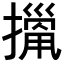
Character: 𢴫